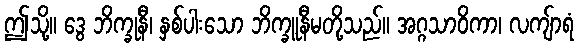
ဤသို့။ ဒွေ ဘိက္ခုနီ၊ နှစ်ပါးသော ဘိက္ခူနီမတို့သည်။ အဂ္ဂသာဝိကာ၊ လကျ်ာရံ